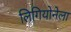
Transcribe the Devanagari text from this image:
लिगियोनेला